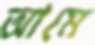
আমে